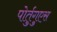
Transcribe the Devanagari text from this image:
पोर्तुगुएस